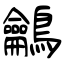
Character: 鸙